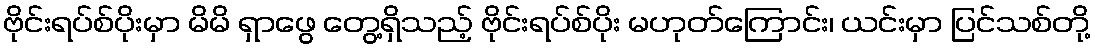
ဗိုင်းရပ်စ်ပိုးမှာ မိမိ ရှာဖွေ တွေ့ရှိသည့် ဗိုင်းရပ်စ်ပိုး မဟုတ်ကြောင်း၊ ယင်းမှာ ပြင်သစ်တို့